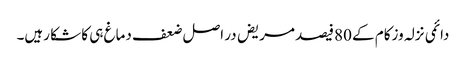
دائمی نزلہ وزکام کے 80فیصد مریض در اصل ضعف دماغ ہی کا شکا رہیں۔